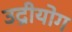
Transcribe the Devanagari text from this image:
उद्रीयोग